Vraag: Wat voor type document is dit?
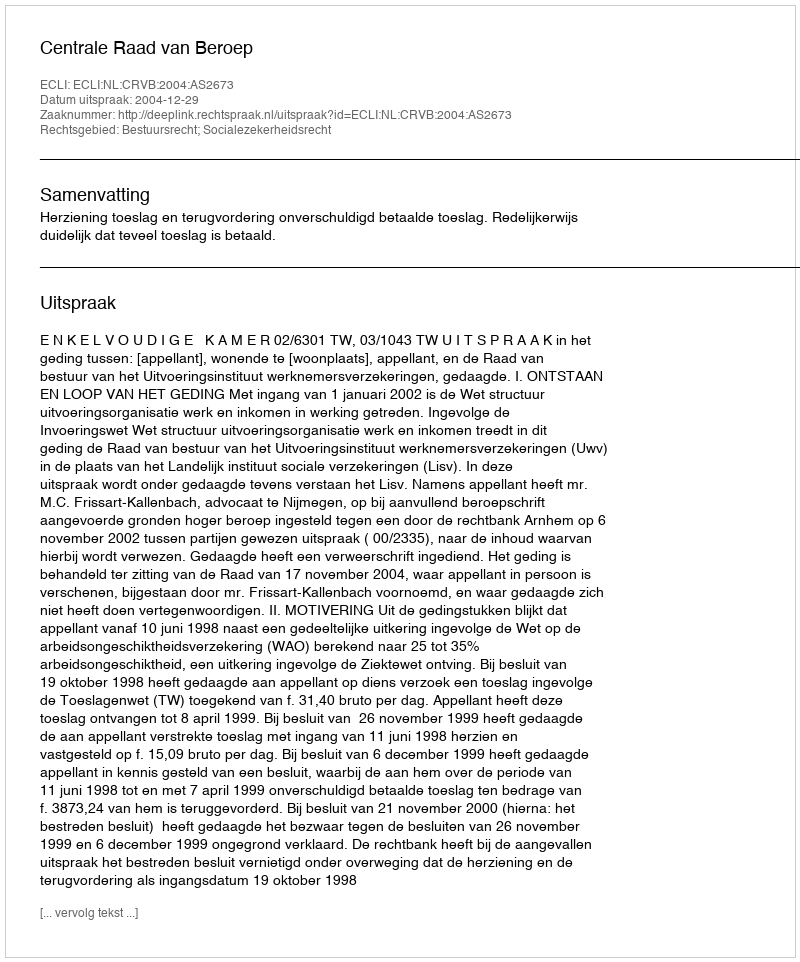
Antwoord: Uitspraak